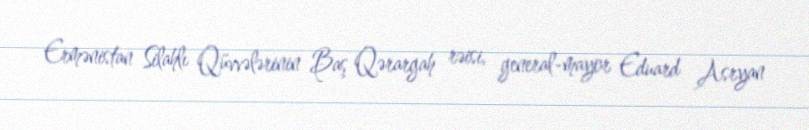
Ermənistan Silahlı Qüvvələrinin Baş Qərargah rəisi, general-mayor Eduard Asryan